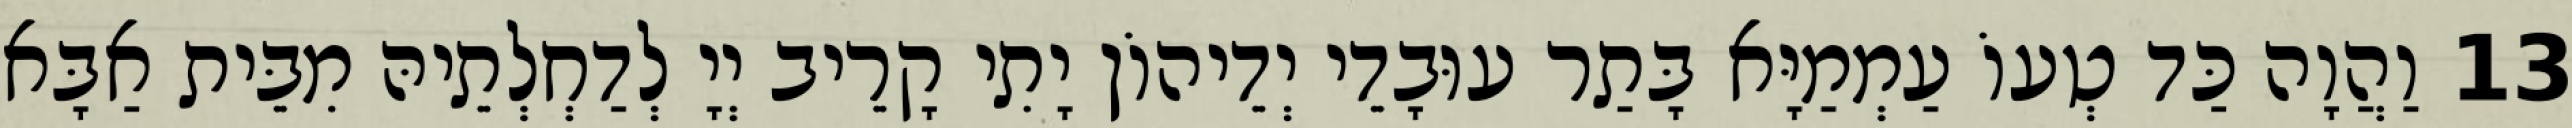
13 וַהֲוָה כַּד טְעוֹ עַמְמַיָּא בָּתַר עוּבָדֵי יְדֵיהוֹן יָתִי קָרֵיב יְיָ לְדַחְלְתֵיהּ מִבֵּית אַבָּא